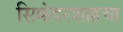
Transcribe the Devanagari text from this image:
सिकंदरशाहचा